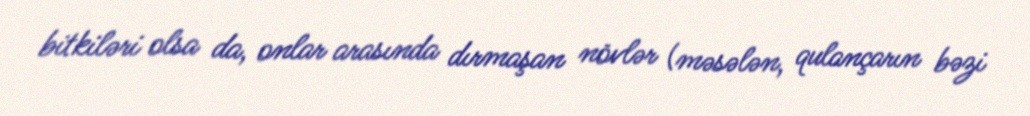
bitkiləri olsa da, onlar arasında dırmaşan növlər (məsələn, qulançarın bəzi